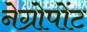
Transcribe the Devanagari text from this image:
नेग्रोपोंट